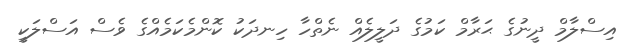
އިސްލާމް ދީނުގެ ޙަރާމް ކަމުގެ ދަލީލެއް ނެތްހާ ހިނދަކު ކޮންމެކަމެއްގެ ވެސް އަސްލަކީ